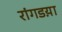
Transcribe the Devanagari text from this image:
रांगडय़ा